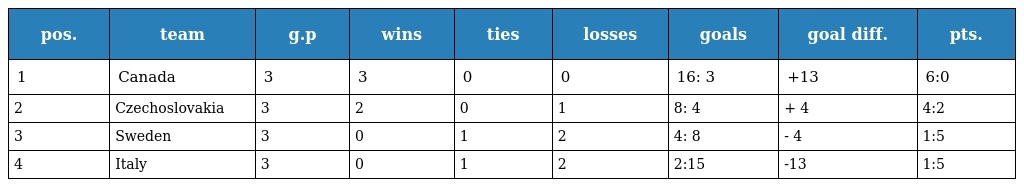
| pos. | team | g.p | wins | ties | losses | goals | goal diff. | pts. |
 | --- | --- | --- | --- | --- | --- | --- | --- | --- |
 | 1 | Canada | 3 | 3 | 0 | 0 | 16: 3 | +13 | 6:0 |
 | 2 | Czechoslovakia | 3 | 2 | 0 | 1 | 8: 4 | + 4 | 4:2 |
 | 3 | Sweden | 3 | 0 | 1 | 2 | 4: 8 | - 4 | 1:5 |
 | 4 | Italy | 3 | 0 | 1 | 2 | 2:15 | -13 | 1:5 |